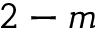
2 - m